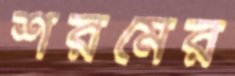
শরমের